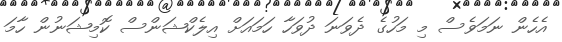
އެހެން ނަމަވެސް މި މަހުގެ ދެވަނަ ދުވަހާ ހަމައަށް އިލެކްޝަންސް ކޮމިޝަނުން ހާމަ